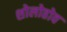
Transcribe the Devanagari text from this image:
शोलोहोव